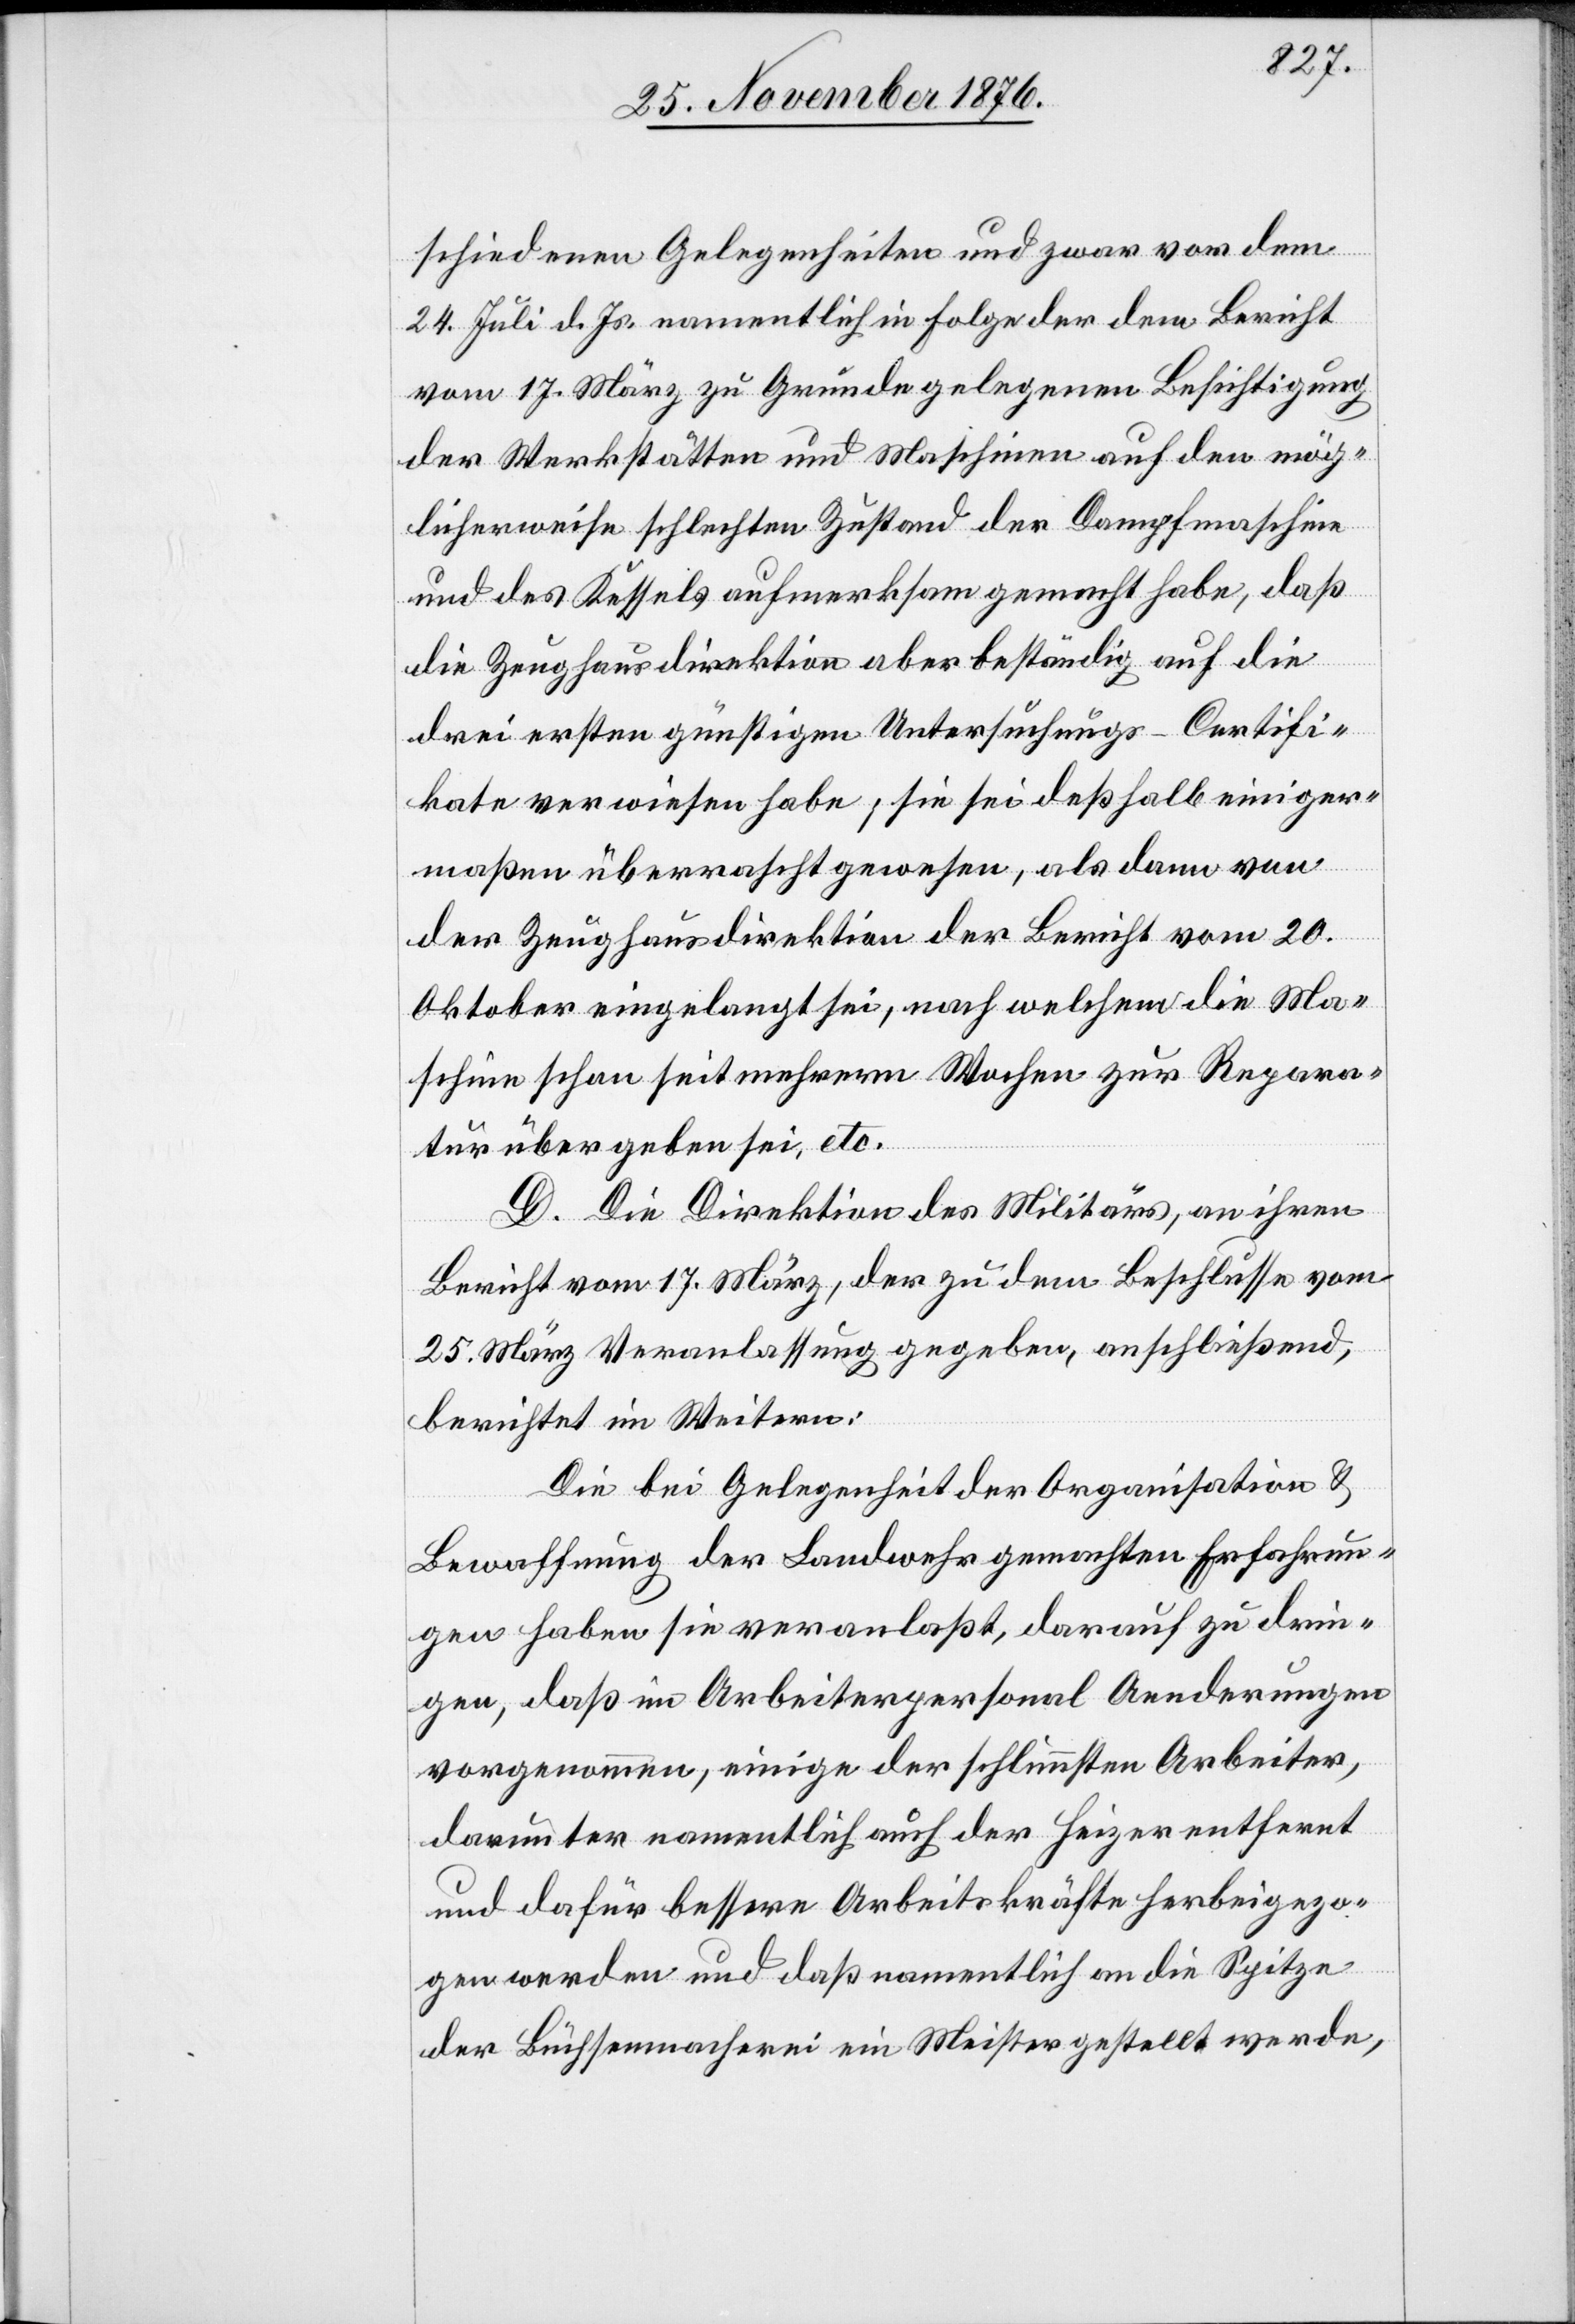
schiedenen Gelegenheiten und zwar vor dem
24. Juli d. Js. namentlich in Folge der dem Bericht
vom 17. März zu Grunde gelegenen Besichtigung
der Werkstätten und Maschinen auf den mög¬
licherweise schlechten Zustand der Dampfmaschine
und des Kessels aufmerksam gemacht habe, daß
die Zeughausdirektion aber beständig auf die
drei ersten günstigen Untersuchungs-Certifi¬
kate verwiesen habe; sie sei deßhalb einiger¬
maßen überrascht gewesen, als dann von
der Zeughausdirektion der Bericht vom 20.
Oktober eingelangt sei, nach welchem die Ma¬
schine schon seit mehrern Wochen zur Repara¬
tur übergeben sei, etc.
D. Die Direktion des Militärs, an ihren
Bericht vom 17. März, der zu dem Beschlusse vom
25. März Veranlassung gegeben, anschließend,
berichtet im Weitern:
Die bei Gelegenheit der Organisation &
Bewaffnung der Landwehr gemachten Erfahrun¬
gen haben sie veranlaßt, darauf zu drin¬
gen, daß im Arbeiterpersonal Aenderungen
vorgenommen, einige der schlimmsten Arbeiter,
darunter namentlich auch der Heizer entfernt
und dafür bessere Arbeitskräfte herbeigezo¬
gen werden und daß namentlich an die Spitze
der Büchsenmacherei ein Meister gestellt werde,